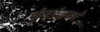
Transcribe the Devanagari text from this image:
कुंडरंजकों